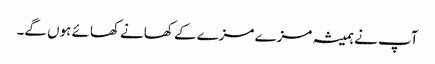
آپ نے ہمیشہ مزے مزے کے کھانے کھائے ہوں گے۔